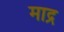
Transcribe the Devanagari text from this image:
माद्र